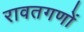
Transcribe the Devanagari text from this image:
रावतगणों